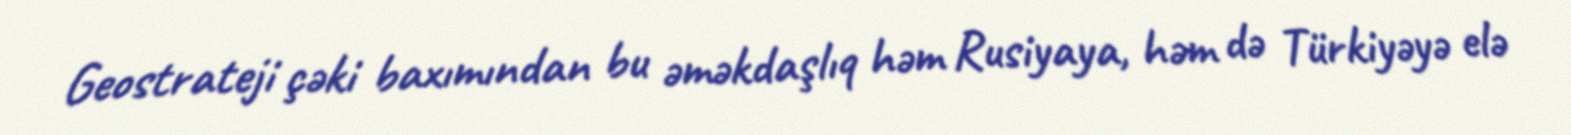
Geostrateji çəki baxımından bu əməkdaşlıq həm Rusiyaya, həm də Türkiyəyə elə